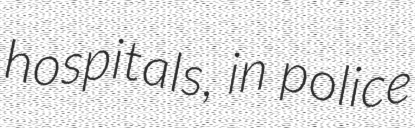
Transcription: hospitals, in police